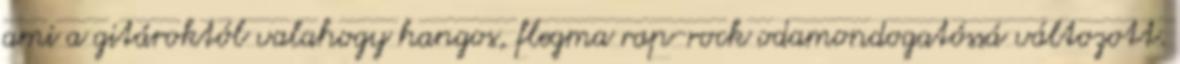
ami a gitároktól valahogy hangos, flegma rap-rock odamondogatóssá változott.